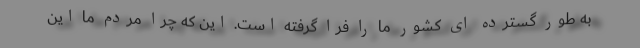
به طور گسترده ای کشور ما را فرا گرفته است. این که چرا مردم ما این